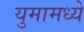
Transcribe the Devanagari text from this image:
युमामध्ये